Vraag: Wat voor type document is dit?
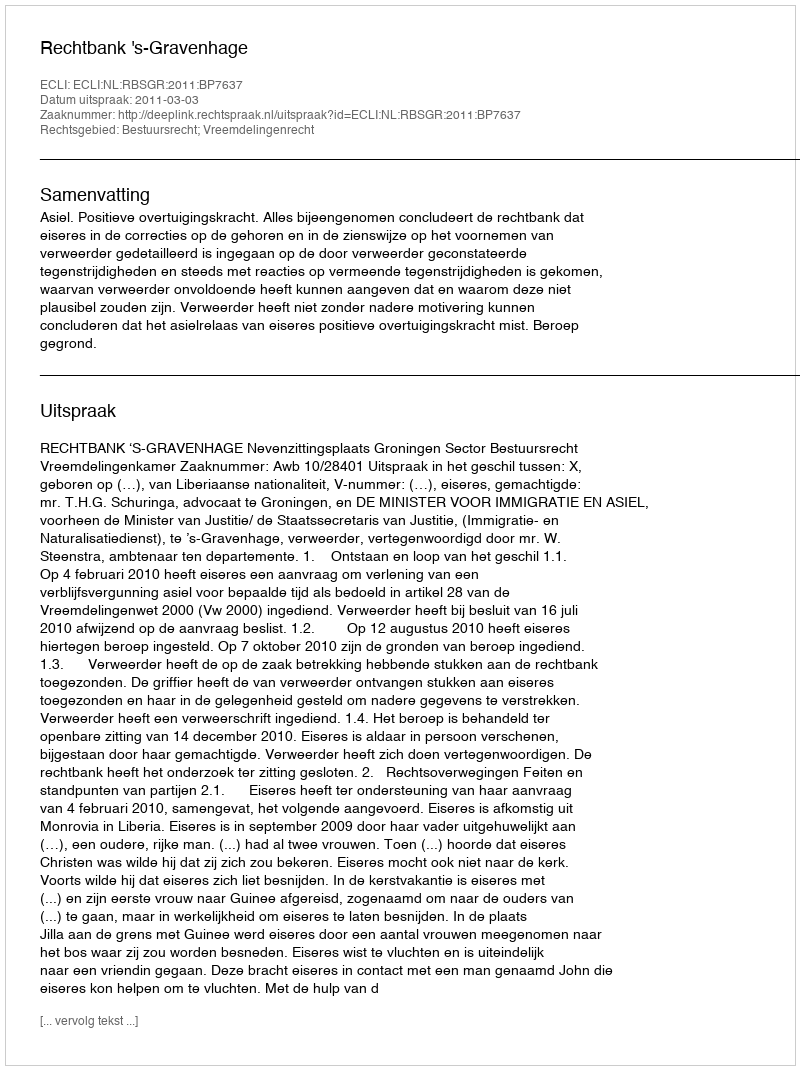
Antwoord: Uitspraak